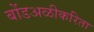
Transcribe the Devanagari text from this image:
बोंडअळीकरिता